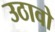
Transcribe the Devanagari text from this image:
उठावो